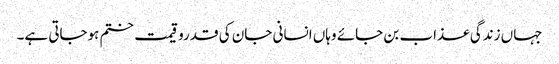
جہاں زندگی عذاب بن جائے وہاں انسانی جان کی قدروقیمت ختم ہوجاتی ہے۔